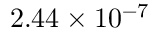
2 . 4 4 \times 1 0 ^ { - 7 }